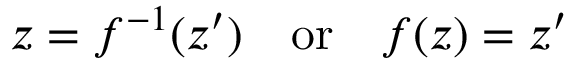
z = f ^ { - 1 } ( z ^ { \prime } ) \quad \mathrm { o r } \quad f ( z ) = z ^ { \prime }